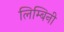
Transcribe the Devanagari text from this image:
लिम्बिनी